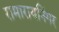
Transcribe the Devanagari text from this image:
रामारायनिंगर